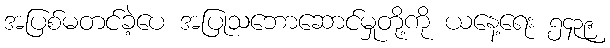
အပြစ်မတင်ခဲ့ပေ အပြုသဘောဆောင်မှုတို့ကို ယနေ့ရေး ၅၄၃၉